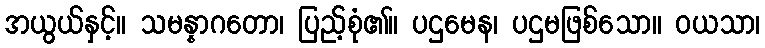
အယွယ်နှင့်။ သမန္နာဂတော၊ ပြည့်စုံ၏။ ပဌမေန၊ ပဌမဖြစ်သော။ ဝယသာ၊